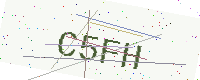
Text: C5FH